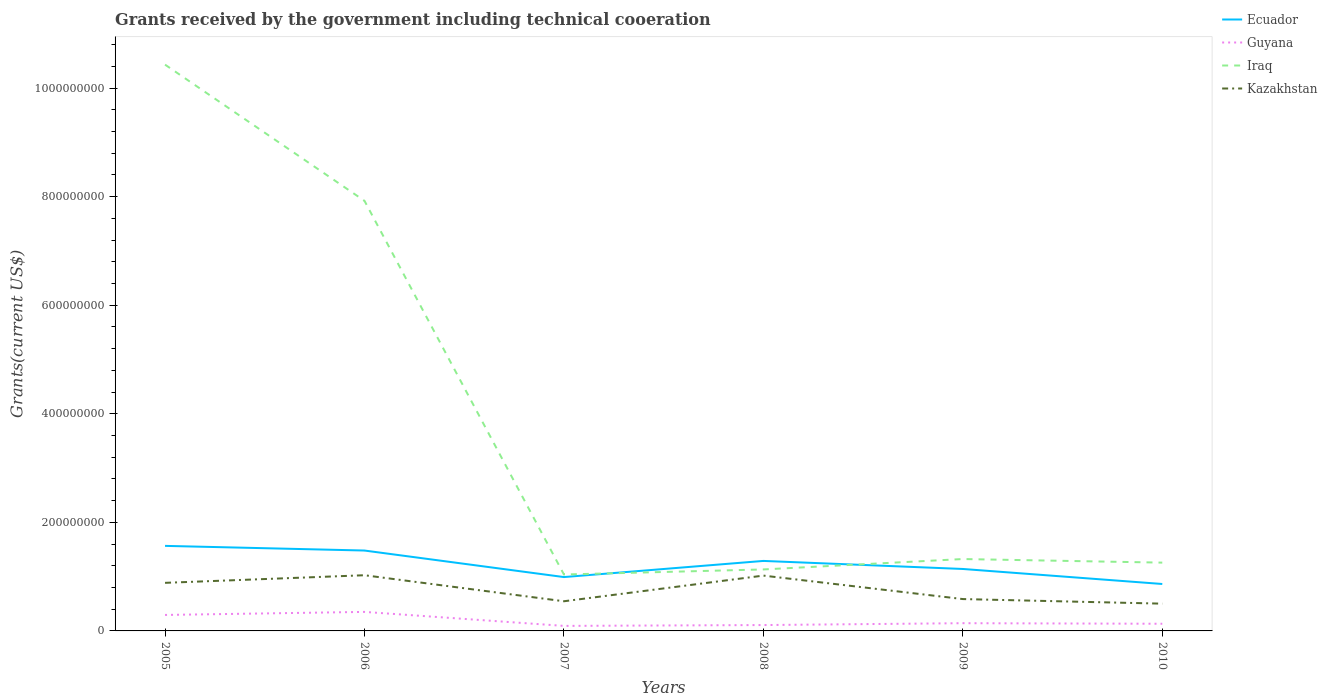
| Years | Ecuador | Guyana | Iraq | Kazakhstan |
 | --- | --- | --- | --- | --- |
 | 2005 | 1.57e+08 | 2.94e+07 | 1.04e+09 | 8.86e+07 |
 | 2006 | 1.48e+08 | 3.5e+07 | 7.92e+08 | 1.03e+08 |
 | 2007 | 9.92e+07 | 9.26e+06 | 1.04e+08 | 5.46e+07 |
 | 2008 | 1.29e+08 | 1.08e+07 | 1.13e+08 | 1.02e+08 |
 | 2009 | 1.14e+08 | 1.42e+07 | 1.32e+08 | 5.87e+07 |
 | 2010 | 8.64e+07 | 1.32e+07 | 1.26e+08 | 5.02e+07 |